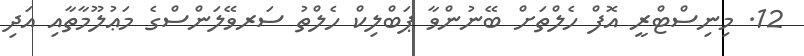
12. މިނިސްޓްރީ އޮފް ހެލްތަށް ބޭނުންވާ ޕަބްލިކް ހެލްތު ސަރވޭލަންސްގެ މަޢުލޫމާތާއި އަދި